Lunatic asylums Central Provinces reports 1895-1909 - 1895-1909
Year: 1895
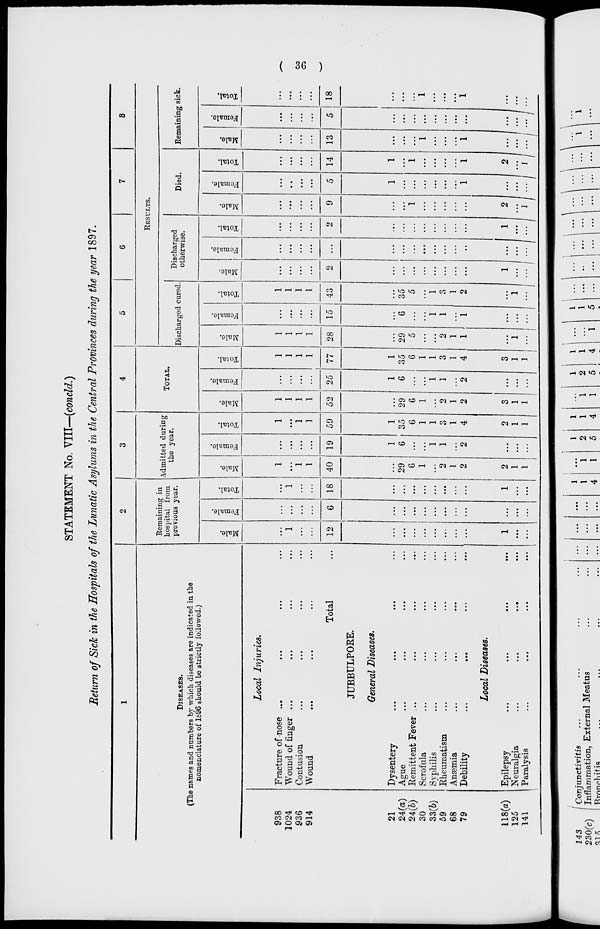
( 36 )
STATEMENT No. VIII—(concld.)
Return of Sick in the Hospitals of the Lunatic Asylums in the Central Provinces during the year 1897.
1
DISEASES.
(The names and numbers by which diseases are indicated in the
nomenclature of 1896 should be strictly followed.)
938
1024
936
914
21
24(a)
24(b)
30
33(b)
59
68
79
118(a)
125
141
Local
Injuries.
Fracture of nose ... ... ... ...
Wound of finger ... ... ... ...
Contusion ... ... ... ...
Wound ... ... ... ...
Total ...
JUBBULPORE.
General Diseases. ... ... ... ...
Dysentery ... ... ... ...
Ague ... ... ... ...
Remittent Fever ... ... ... ...
Scrofula ... ... ... ...
Syphilis ... ... ... ...
Rheumatism ... ... ... ...
Anæmia
...
...
...
...
Debility
...
...
...
...
Local Diseases.
Epilepsy
...
...
...
...
Neuralgia
...
...
...
...
Paralysis
...
...
...
...
2
Remaining in
hospital from
previous year.
Male.
...
1
...
...
12
...
...
...
...
...
...
...
...
1
...
...
Female.
...
...
...
...
6
...
...
...
...
...
...
...
...
...
...
...
Total.
...
1
...
...
18
...
...
...
...
...
...
...
...
1
...
...
3
Admitted during
the year.
Male.
1
...
1
1
40
...
29
6
1
...
2
1
2
2
1
1
Female.
...
...
...
...
19
1
6
...
...
1
1
...
2
...
...
...
Total.
1
...
1
1
59
1
35
6
1
1
3
1
4
2
1
1
4
TOTAL.
Male.
1
1
1
1
52
...
29
6
1
...
2
1
2
3
1
1
Female.
...
...
...
...
25
1
6
...
...
1
1
...
2
...
...
...
Total.
1
1
1
1
77
1
35
6
1
1
3
1
4
3
1
1
5
6
7
8
RESULTS.
Discharged cured.
Male.
1
1
1
1
28
...
29
5
...
...
2
1
1
...
1
...
Female.
...
...
...
...
15
...
6
...
...
1
1
...
1
...
...
...
Total.
1
1
1
1
43
...
35
5
...
1
3
1
2
...
1
...
Discharged
otherwise.
Male.
...
...
...
...
2
...
...
...
...
...
...
...
...
1
...
...
Female.
...
...
...
...
...
...
...
...
...
...
...
...
...
...
...
...
Total.
...
...
...
...
2
...
...
...
...
...
...
...
...
1
...
...
Died.
Male.
...
...
...
...
9
...
...
1
...
...
...
...
...
2
...
1
Female.
...
...
...
...
5
1
...
...
...
...
...
...
1
...
...
...
Total.
...
...
...
...
14
1
...
1
...
...
...
...
1
2
...
1
Remaining sick.
Male.
...
...
...
...
13
...
...
...
1
...
...
...
1
...
...
...
Female.
...
...
...
...
5
...
...
...
...
...
...
...
...
...
...
...
Total.
...
...
...
...
18
...
...
...
1
...
...
...
1
...
...
...